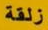
زلقة